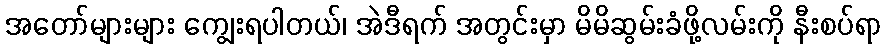
အတော်များများ ကျွေးရပါတယ်၊ အဲဒီရက် အတွင်းမှာ မိမိဆွမ်းခံဖို့လမ်းကို နီးစပ်ရာ